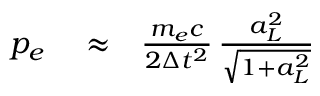
\begin{array} { r l r } { p _ { e } } & { { } \approx } & { \frac { m _ { e } c } { 2 \Delta t ^ { 2 } } \, \frac { a _ { L } ^ { 2 } } { \sqrt { 1 + a _ { L } ^ { 2 } } } } \end{array}